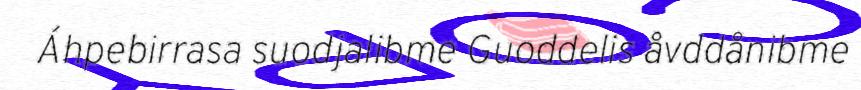
Áhpebirrasa suodjalibme Guoddelis åvddånibme